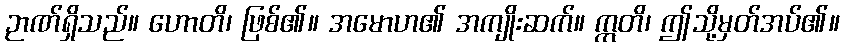
ဉာဏ်ရှိသည်။ ဟောတိ၊ ဖြစ်၏။ အမောဟ၏ အကျိုးဆက်။ ဣတိ၊ ဤသို့မှတ်အပ်၏။